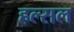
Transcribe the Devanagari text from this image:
हल्सल